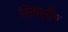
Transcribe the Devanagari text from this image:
सिग्नलींग